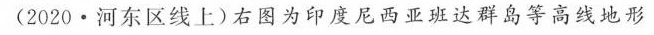
(2020·河东区线上)右图为印度尼西亚班达群岛等高线地形